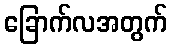
ခြောက်လအတွက်